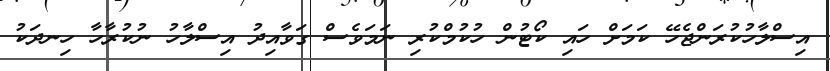
އިސްލާހުކުރަންޖެހޭ ކަމަށް ހައި ކޯޓުން ހުކުމްކުރި ނަމަވެސް ގަވާއިދު އިސްލާހު ނުކުރާހާ ހިނދަކު